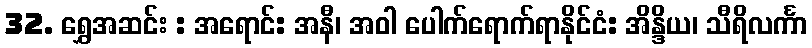
32. ရွှေအဆင်း : အရောင်: အနီ၊ အဝါ ပေါက်ရောက်ရာနိုင်ငံ: အိန္ဒိယ၊ သီရိလင်္ကာ